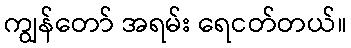
ကျွန်တော် အရမ်း ရေငတ်တယ်။